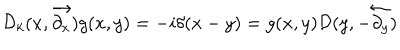
{ \cal D } _ { k } ( x , \overrightarrow { \partial _ { x } } ) g ( x , y ) = - i \delta ( x - y ) = g ( x , y ) { \cal D } ( y , - \overleftarrow { \partial _ { y } } )